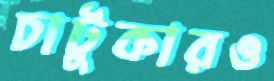
চাটুকারও